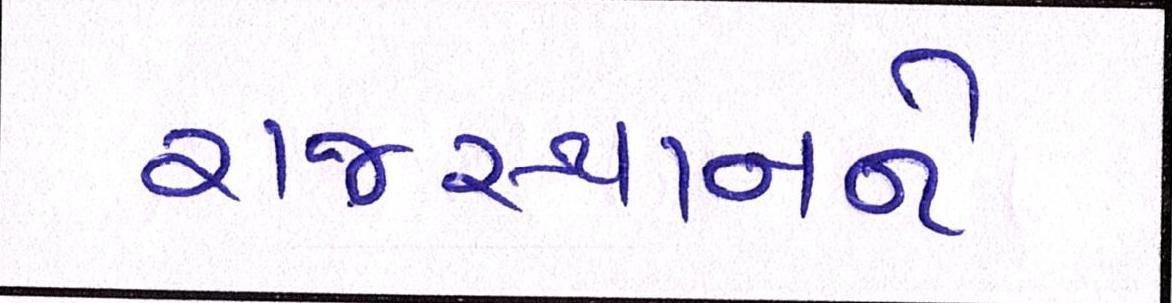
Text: રાજસ્થાનને